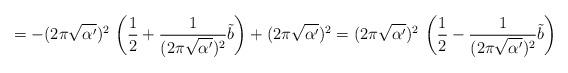
LaTeX: \begin{align*}=- (2 \pi \sqrt{\alpha'})^2\,\left(\frac{1}{2} + \frac{1}{(2 \pi\sqrt{\alpha'})^2} \tilde{b} \right) + (2 \pi \sqrt{\alpha'})^2 = (2\pi \sqrt{\alpha'})^2 \,\left(\frac{1}{2} - \frac{1}{(2 \pi\sqrt{\alpha'})^2} \tilde{b} \right)\end{align*}